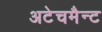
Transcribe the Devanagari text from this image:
अटेचमैन्ट